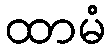
ထာမံ